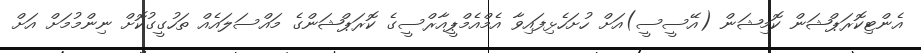
އެންޓިކޮރަޕްޝަން ކޮމިޝަން (އޭސީސީ)އަށް ހުށަހެޅިފައިވާ އެމްއެމްޕީއާރްސީގެ ކޮރަޕްޝަންގެ މައްސަލައެއް ތަހުގީގުކޮށް ނިންމުމަށް އަށް